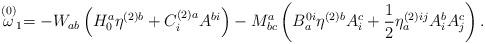
LaTeX: \begin{align*}\stackrel{(0)}{\omega }_{1}=-W_{ab}\left( H_{0}^{a}\eta^{(2)b}+C_{i}^{(2)a}A^{bi}\right) -M_{bc}^{a}\left( B_{a}^{0i}\eta^{(2)b}A_{i}^{c}+\frac{1}{2}\eta _{a}^{(2)ij}A_{i}^{b}A_{j}^{c}\right) .\end{align*}